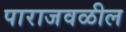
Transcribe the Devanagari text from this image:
पाराजवळील